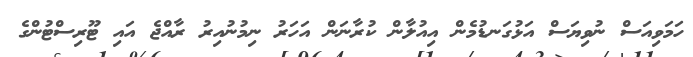
ހަމަވިއަސް ނުވިޔަސް އަޅުގަނޑުމެން އިއުލާން ކުރާނަން އަހަރު ނިމުނުއިރު ރާއްޖެ އައި ޓޫރިސްޓުންގެ